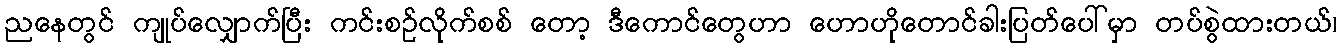
ညနေတွင် ကျုပ်လျှောက်ပြီး ကင်းစဉ်လိုက်စစ် တော့ ဒီကောင်တွေဟာ ဟောဟိုတောင်ခါးပြတ်ပေါ်မှာ တပ်စွဲထားတယ်၊